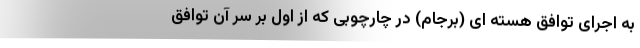
به اجرای توافق هسته ای (برجام) در چارچوبی که از اول بر سر آن توافق